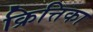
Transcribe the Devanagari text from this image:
क्रित्तिका